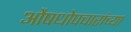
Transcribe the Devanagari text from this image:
औषधोपचारांच्या